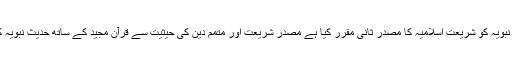
اجماع وقیاس کی حجیت کے لیے بھی اسی سے استدلال کیا جاتا ہے ،اور اسی نےحدیث نبویہ کو شریعت ِاسلامیہ کا مصدرِ ثانی مقرر کیا ہے مصدر شریعت اور متمم دین کی حیثیت سے قرآن مجید کے ساتھ حدیث نبویہ کوقبول کرنےکی تاکید وتوثیق کے لیے قرآن مجید میں بے شمار قطعی دلائل موجود ہیں۔